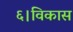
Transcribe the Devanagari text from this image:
६।विकास